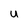
Character: u